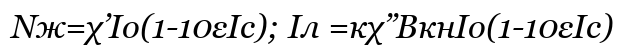
Nж=χ’Іо(1-10εIc); Іл =кχ’’ВкнІо(1-10εIc)